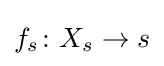
f_{s}\colon X_{s}\to s